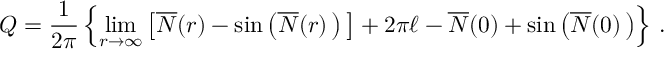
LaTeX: Q = \frac { 1 } { 2 \pi } \left\{ \operatorname * { l i m } _ { r { \rightarrow } { \infty } } \left[ \overline { { { \cal { N } } } } ( r ) - { \sin } \left( \overline { { { \cal { N } } } } ( r ) \, \right) \, \right] + 2 \pi \ell - \overline { { { \cal { N } } } } ( 0 ) + { \sin } \left( \overline { { { \cal { N } } } } ( 0 ) \, \right) \right\} \, .